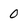
Character: 0